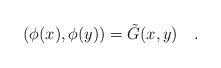
\begin{align*}(\phi(x),\phi(y))=\tilde{G}(x,y)~~~.\end{align*}